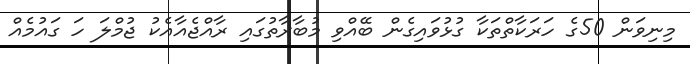
މިނިވަން 50ގެ ހަރަކާތްތަކާ ގުޅުވައިގެން ބޭއްވި މުބާރާތުގައި ރާއްޖެއާއެކު ޖުމްލަ ހަ ގަައުމެއް